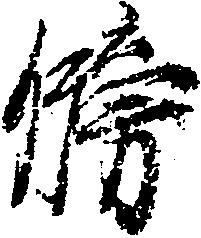
牓